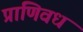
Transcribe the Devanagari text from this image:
प्राणिवध